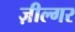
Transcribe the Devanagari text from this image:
ज़ील्‍गर